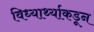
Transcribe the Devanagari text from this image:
विध्यार्थ्याकडून